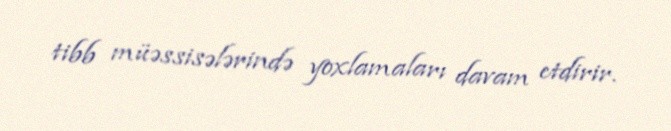
tibb müəssisələrində yoxlamaları davam etdirir.